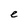
Character: e